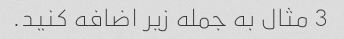
3 مثال به جمله زیر اضافه کنید.